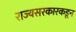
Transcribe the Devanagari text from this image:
राज्यसरकारकडून